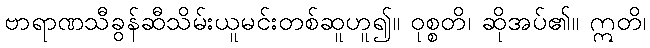
ဗာရာဏသီခွန်ဆီသိမ်းယူမင်းတစ်ဆူဟူ၍။ ဝုစ္စတိ၊ ဆိုအပ်၏။ ဣတိ၊